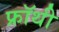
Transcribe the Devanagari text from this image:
फ्रॉथी